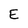
Character: E